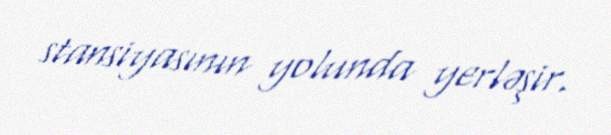
stansiyasının yolunda yerləşir.